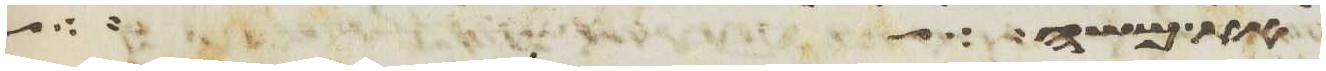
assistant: את משה אל